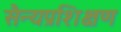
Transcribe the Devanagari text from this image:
सैन्यप्रशिक्षण